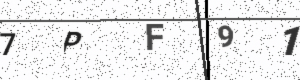
Text: 7PF91